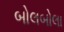
બોલબોલા